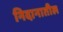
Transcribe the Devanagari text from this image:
निदानातील